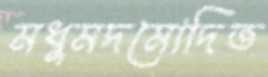
মধুমদমোদিত